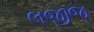
લજીજ